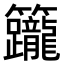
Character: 𥸙